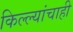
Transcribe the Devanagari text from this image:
किल्ल्यांचाही